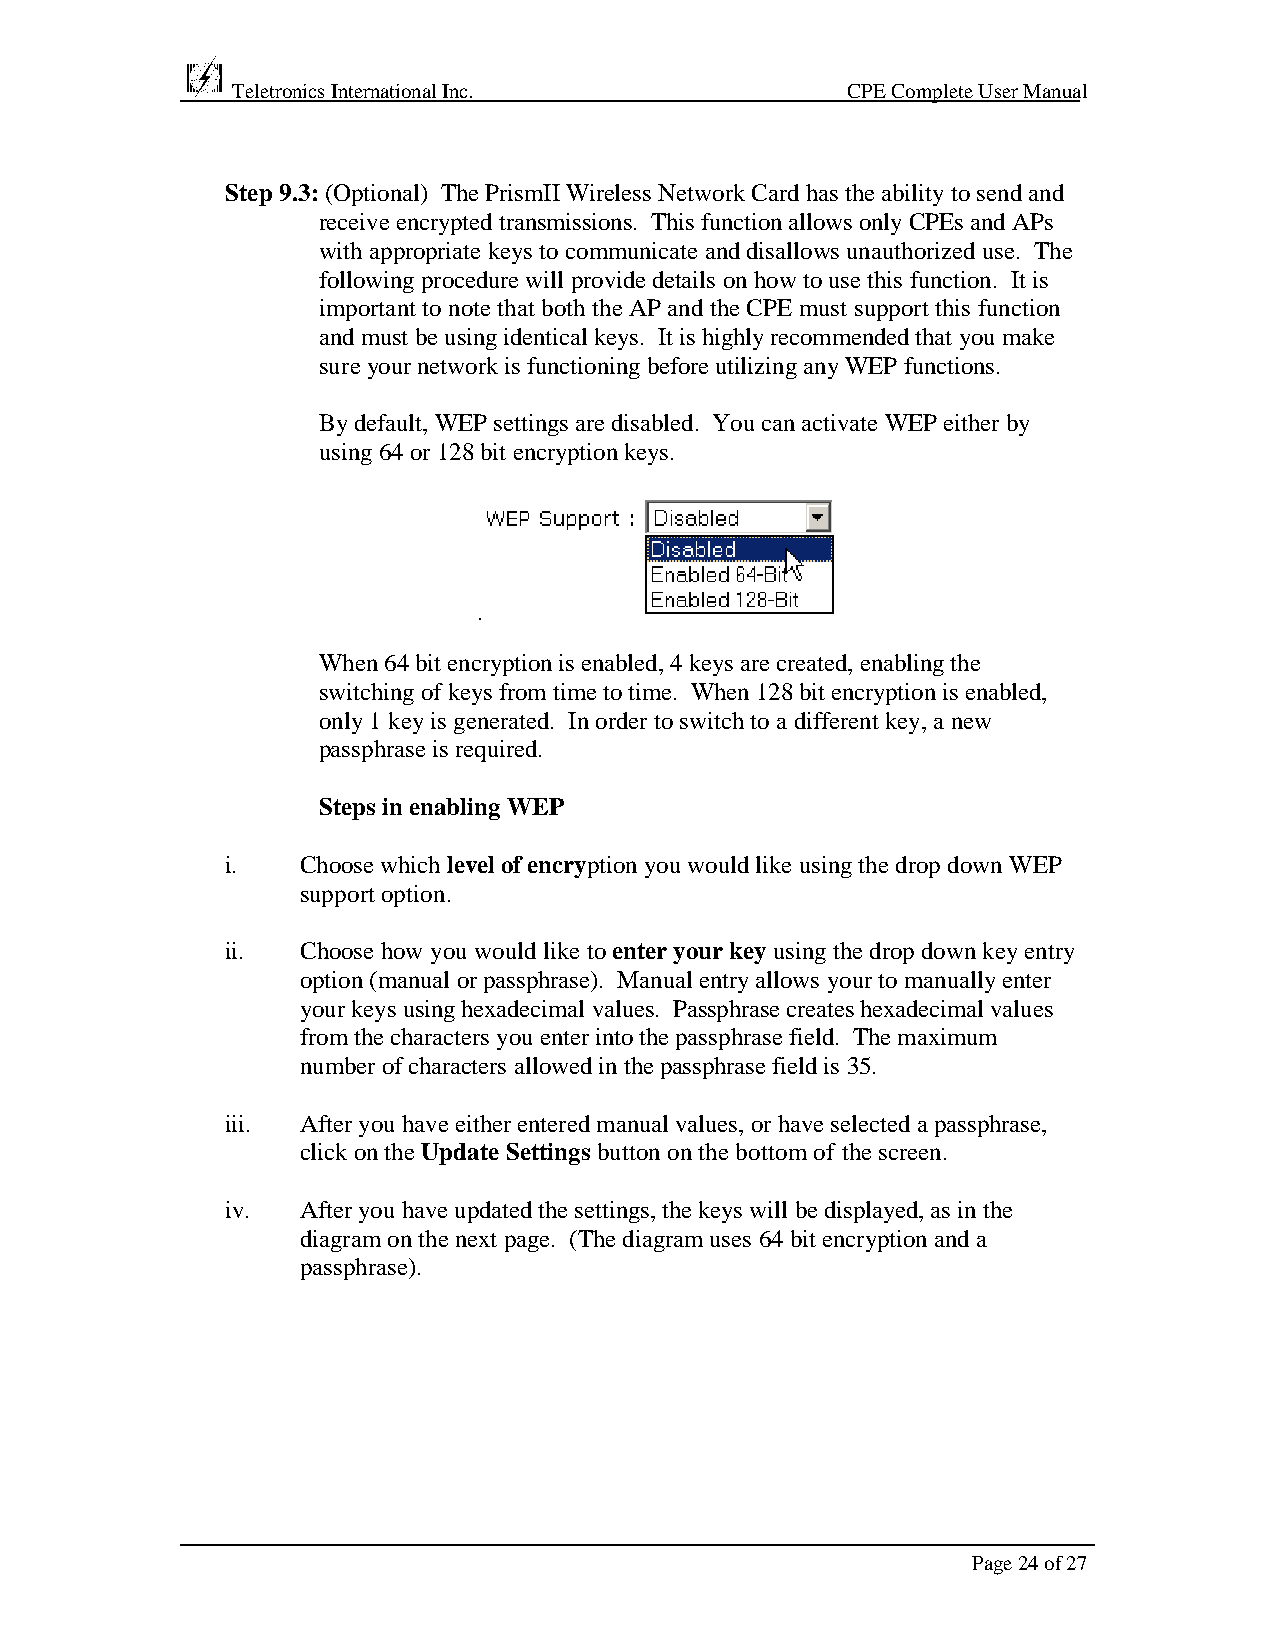
Teletronics International Inc.           CPE Complete User Manual
 Step 9.3: (Optional) The PrismII Wireless Network Card has the ability to send and
 receive encrypted transmissions. This function allows only CPEs and APs
 with appropriate keys to communicate and disallows unauthorized use. The
 following procedure will provide details on how to use this function. It is
 important to note that both the AP and the CPE must support this function
 and must be using identical keys. It is highly recommended that you make
 sure your network is functioning before utilizing any WEP functions.
 By default, WEP settings are disabled. You can activate WEP either by
 using 64 or 128 bit encryption keys.
 When 64 bit encryption is enabled, 4 keys are created, enabling the
 switching of keys from time to time. When 128 bit encryption is enabled,
 only 1 key is generated. In order to switch to a different key, a new
 passphrase is required.
 Steps in enabling WEP
 i.   Choose which level of encryption you would like using the drop down WEP
 support option.
 ii.  Choose how you would like to enter your key using the drop down key entry
 option (manual or passphrase). Manual entry allows your to manually enter
 your keys using hexadecimal values. Passphrase creates hexadecimal values
 from the characters you enter into the passphrase field. The maximum
 number of characters allowed in the passphrase field is 35.
 iii. After you have either entered manual values, or have selected a passphrase,
 click on the Update Settings button on the bottom of the screen.
 iv.  After you have updated the settings, the keys will be displayed, as in the
 diagram on the next page. (The diagram uses 64 bit encryption and a
 passphrase).
 Page 24 of 27